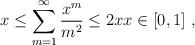
LaTeX: \begin{align*} x\leq\sum_{m=1}^\infty\frac{x^m}{m^2}\leq 2xx\in[0,1]\ ,\end{align*}